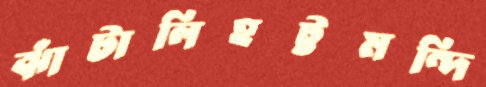
ঝাঁটালিহট্টমন্দি